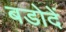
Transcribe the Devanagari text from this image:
बडोदें